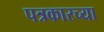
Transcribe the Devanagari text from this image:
पत्रकारच्या